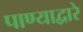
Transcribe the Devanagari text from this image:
पाण्याद्वारे